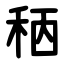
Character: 䄼